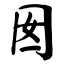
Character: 囡